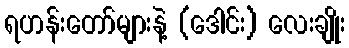
ရဟန်းတော်များနဲ့ (ဒေါင်း) လေးချိုး